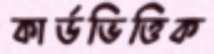
কার্ডভিত্তিক